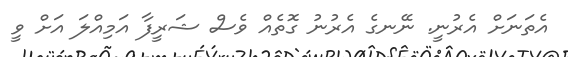
އެތަނަށް އެރުނީ. ނޭނގެ އެރުނު ގޮތެއް ވެސް ޝަރީފާ އަމިއްލަ އަށް ވީ